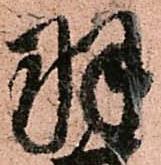
羽